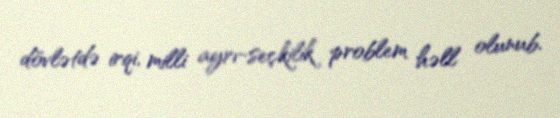
dövlətdə irqi, milli ayrı-seçkilik problem həll olunub.